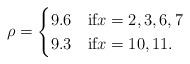
LaTeX: \begin{align*} \rho=\begin{cases}9.6&\mbox{if} x=2,3,6,7 \\9.3&\mbox{if} x=10,11. \\\end{cases}\end{align*}